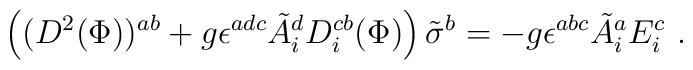
\left((D^2({\Phi}))^{ab} +g\epsilon^{adc}{\tilde A}^{d}_i D_i^{cb}({\Phi})  \right) \tilde \sigma^b = - g\epsilon^{abc}{\tilde A}_i^{a} E_i^{c}~.